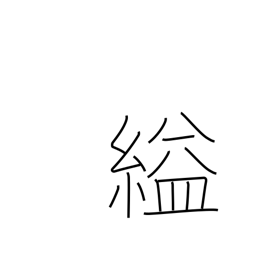
Meaning: strangle